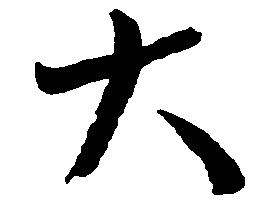
大